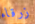
زرقاء